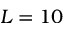
L = 1 0